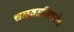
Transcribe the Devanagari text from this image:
चळवळींमध्येच